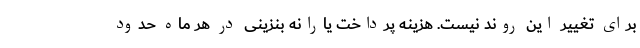
برای تغییر این روند نیست. هزینه پرداخت یارانه بنزینی در هر ماه حدود